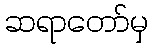
ဆရာတော်မှ